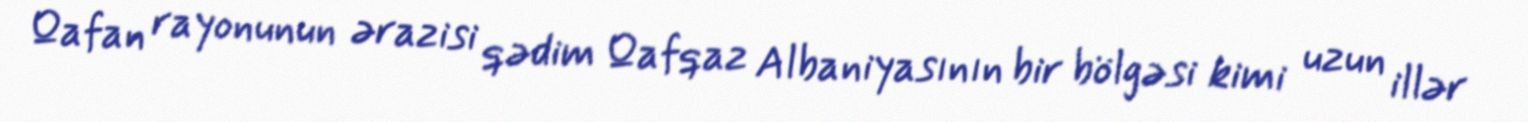
Qafan rayonunun ərazisi qədim Qafqaz Albaniyasının bir bölgəsi kimi uzun illər